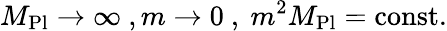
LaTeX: M_{\mathrm{Pl}}\to\infty\ ,m\to 0\ ,\ m^{2}M_{\mathrm{Pl}}={\mathrm{const.}}